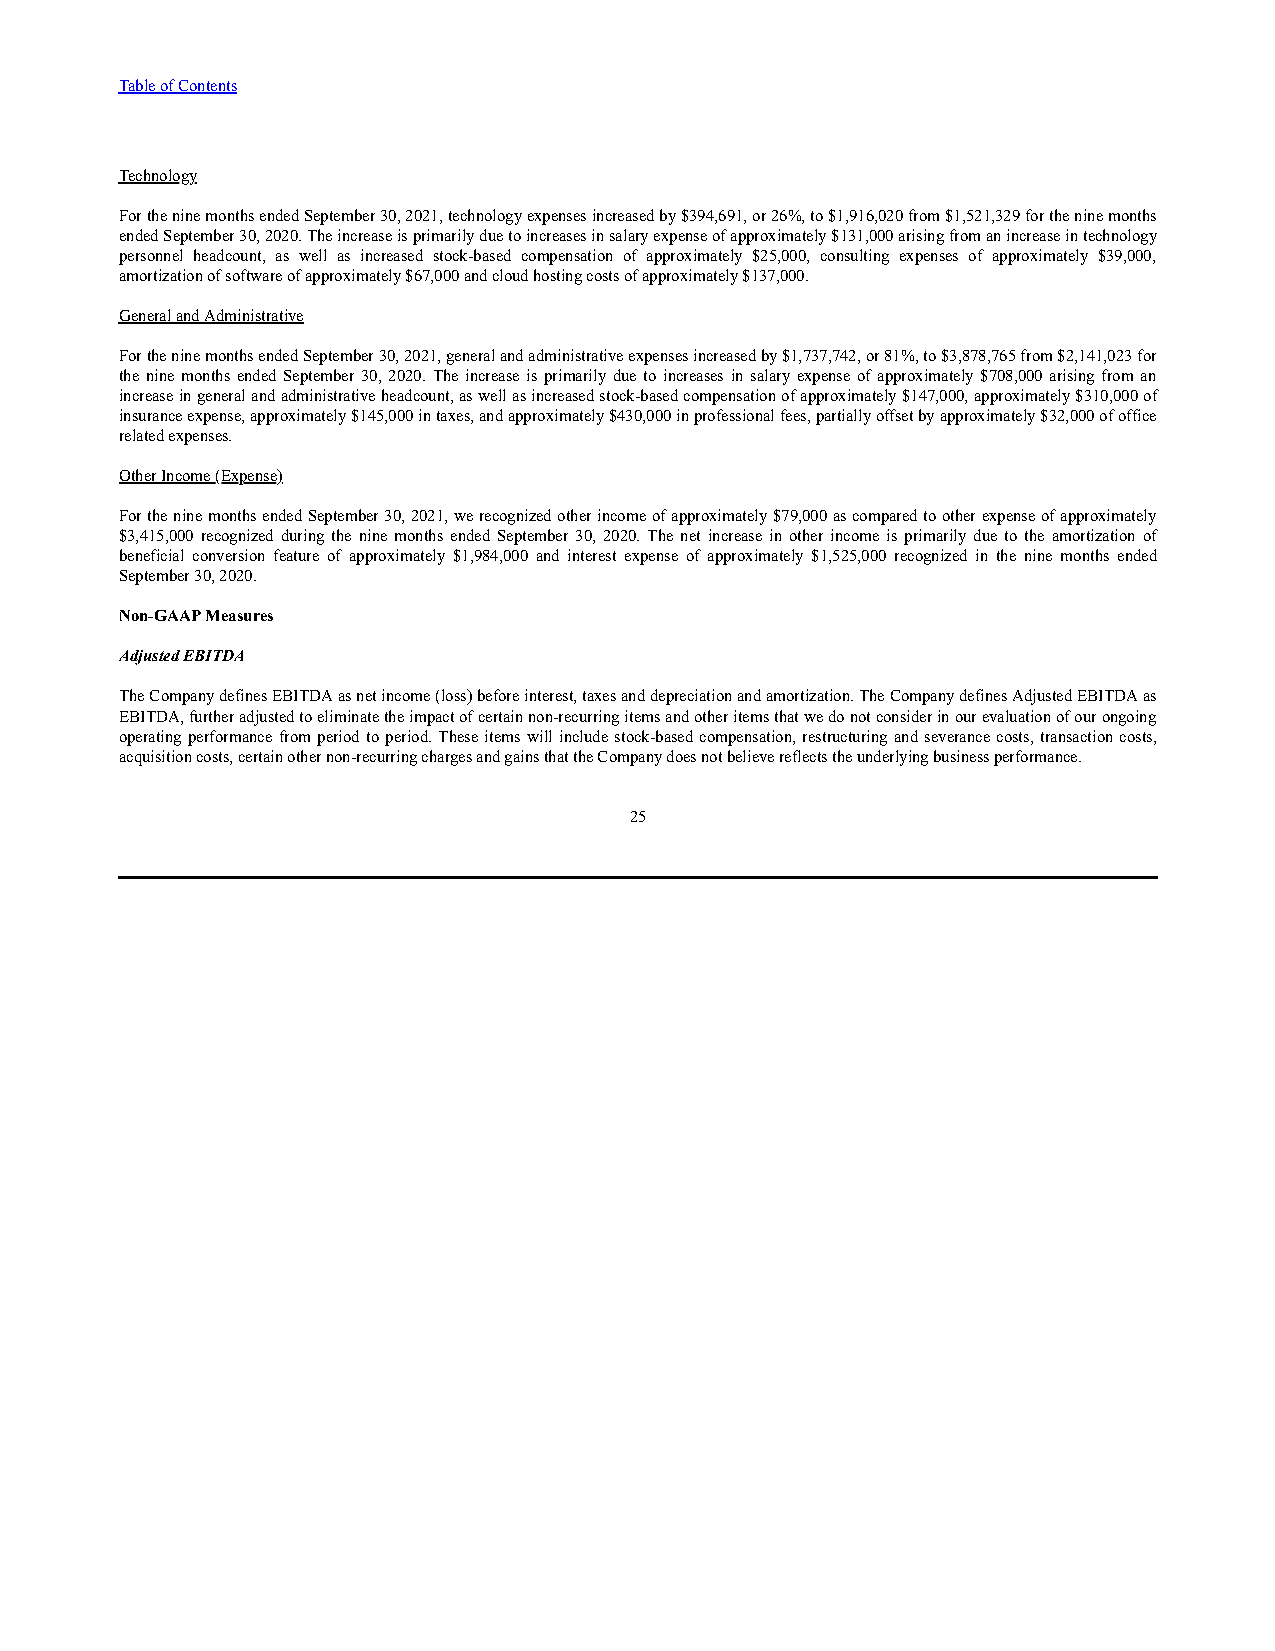
Table of Contents
 Technology
 For the nine months ended September 30, 2021, technology expenses increased by $394,691, or 26%, to $1,916,020 from $1,521,329 for the nine months
 ended September 30, 2020. The increase is primarily due to increases in salary expense of approximately $131,000 arising from an increase in technology
 personnel headcount, as well as increased stock-based compensation of approximately $25,000, consulting expenses of approximately $39,000,
 amortization of software of approximately $67,000 and cloud hosting costs of approximately $137,000.
 General and Administrative
 For the nine months ended September 30, 2021, general and administrative expenses increased by $1,737,742, or 81%, to $3,878,765 from $2,141,023 for
 the nine months ended September 30, 2020. The increase is primarily due to increases in salary expense of approximately $708,000 arising from an
 increase in general and administrative headcount, as well as increased stock-based compensation of approximately $147,000, approximately $310,000 of
 insurance expense, approximately $145,000 in taxes, and approximately $430,000 in professional fees, partially offset by approximately $32,000 of office
 related expenses.
 Other Income (Expense)
 For the nine months ended September 30, 2021, we recognized other income of approximately $79,000 as compared to other expense of approximately
 $3,415,000 recognized during the nine months ended September 30, 2020. The net increase in other income is primarily due to the amortization of
 beneficial conversion feature of approximately $1,984,000 and interest expense of approximately $1,525,000 recognized in the nine months ended
 September 30, 2020.
 Non-GAAP Measures
 Adjusted EBITDA
 The Company defines EBITDA as net income (loss) before interest, taxes and depreciation and amortization. The Company defines Adjusted EBITDA as
 EBITDA, further adjusted to eliminate the impact of certain non-recurring items and other items that we do not consider in our evaluation of our ongoing
 operating performance from period to period. These items will include stock-based compensation, restructuring and severance costs, transaction costs,
 acquisition costs, certain other non-recurring charges and gains that the Company does not believe reflects the underlying business performance.
 25